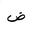
Letter: _dad